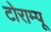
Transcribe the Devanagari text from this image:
टोराम्पू